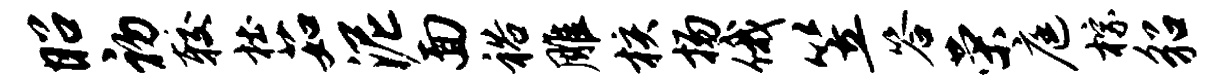
昭初较杜茹泥面裕雕核扬俄笠答荣庭棕貂